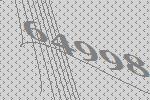
64998